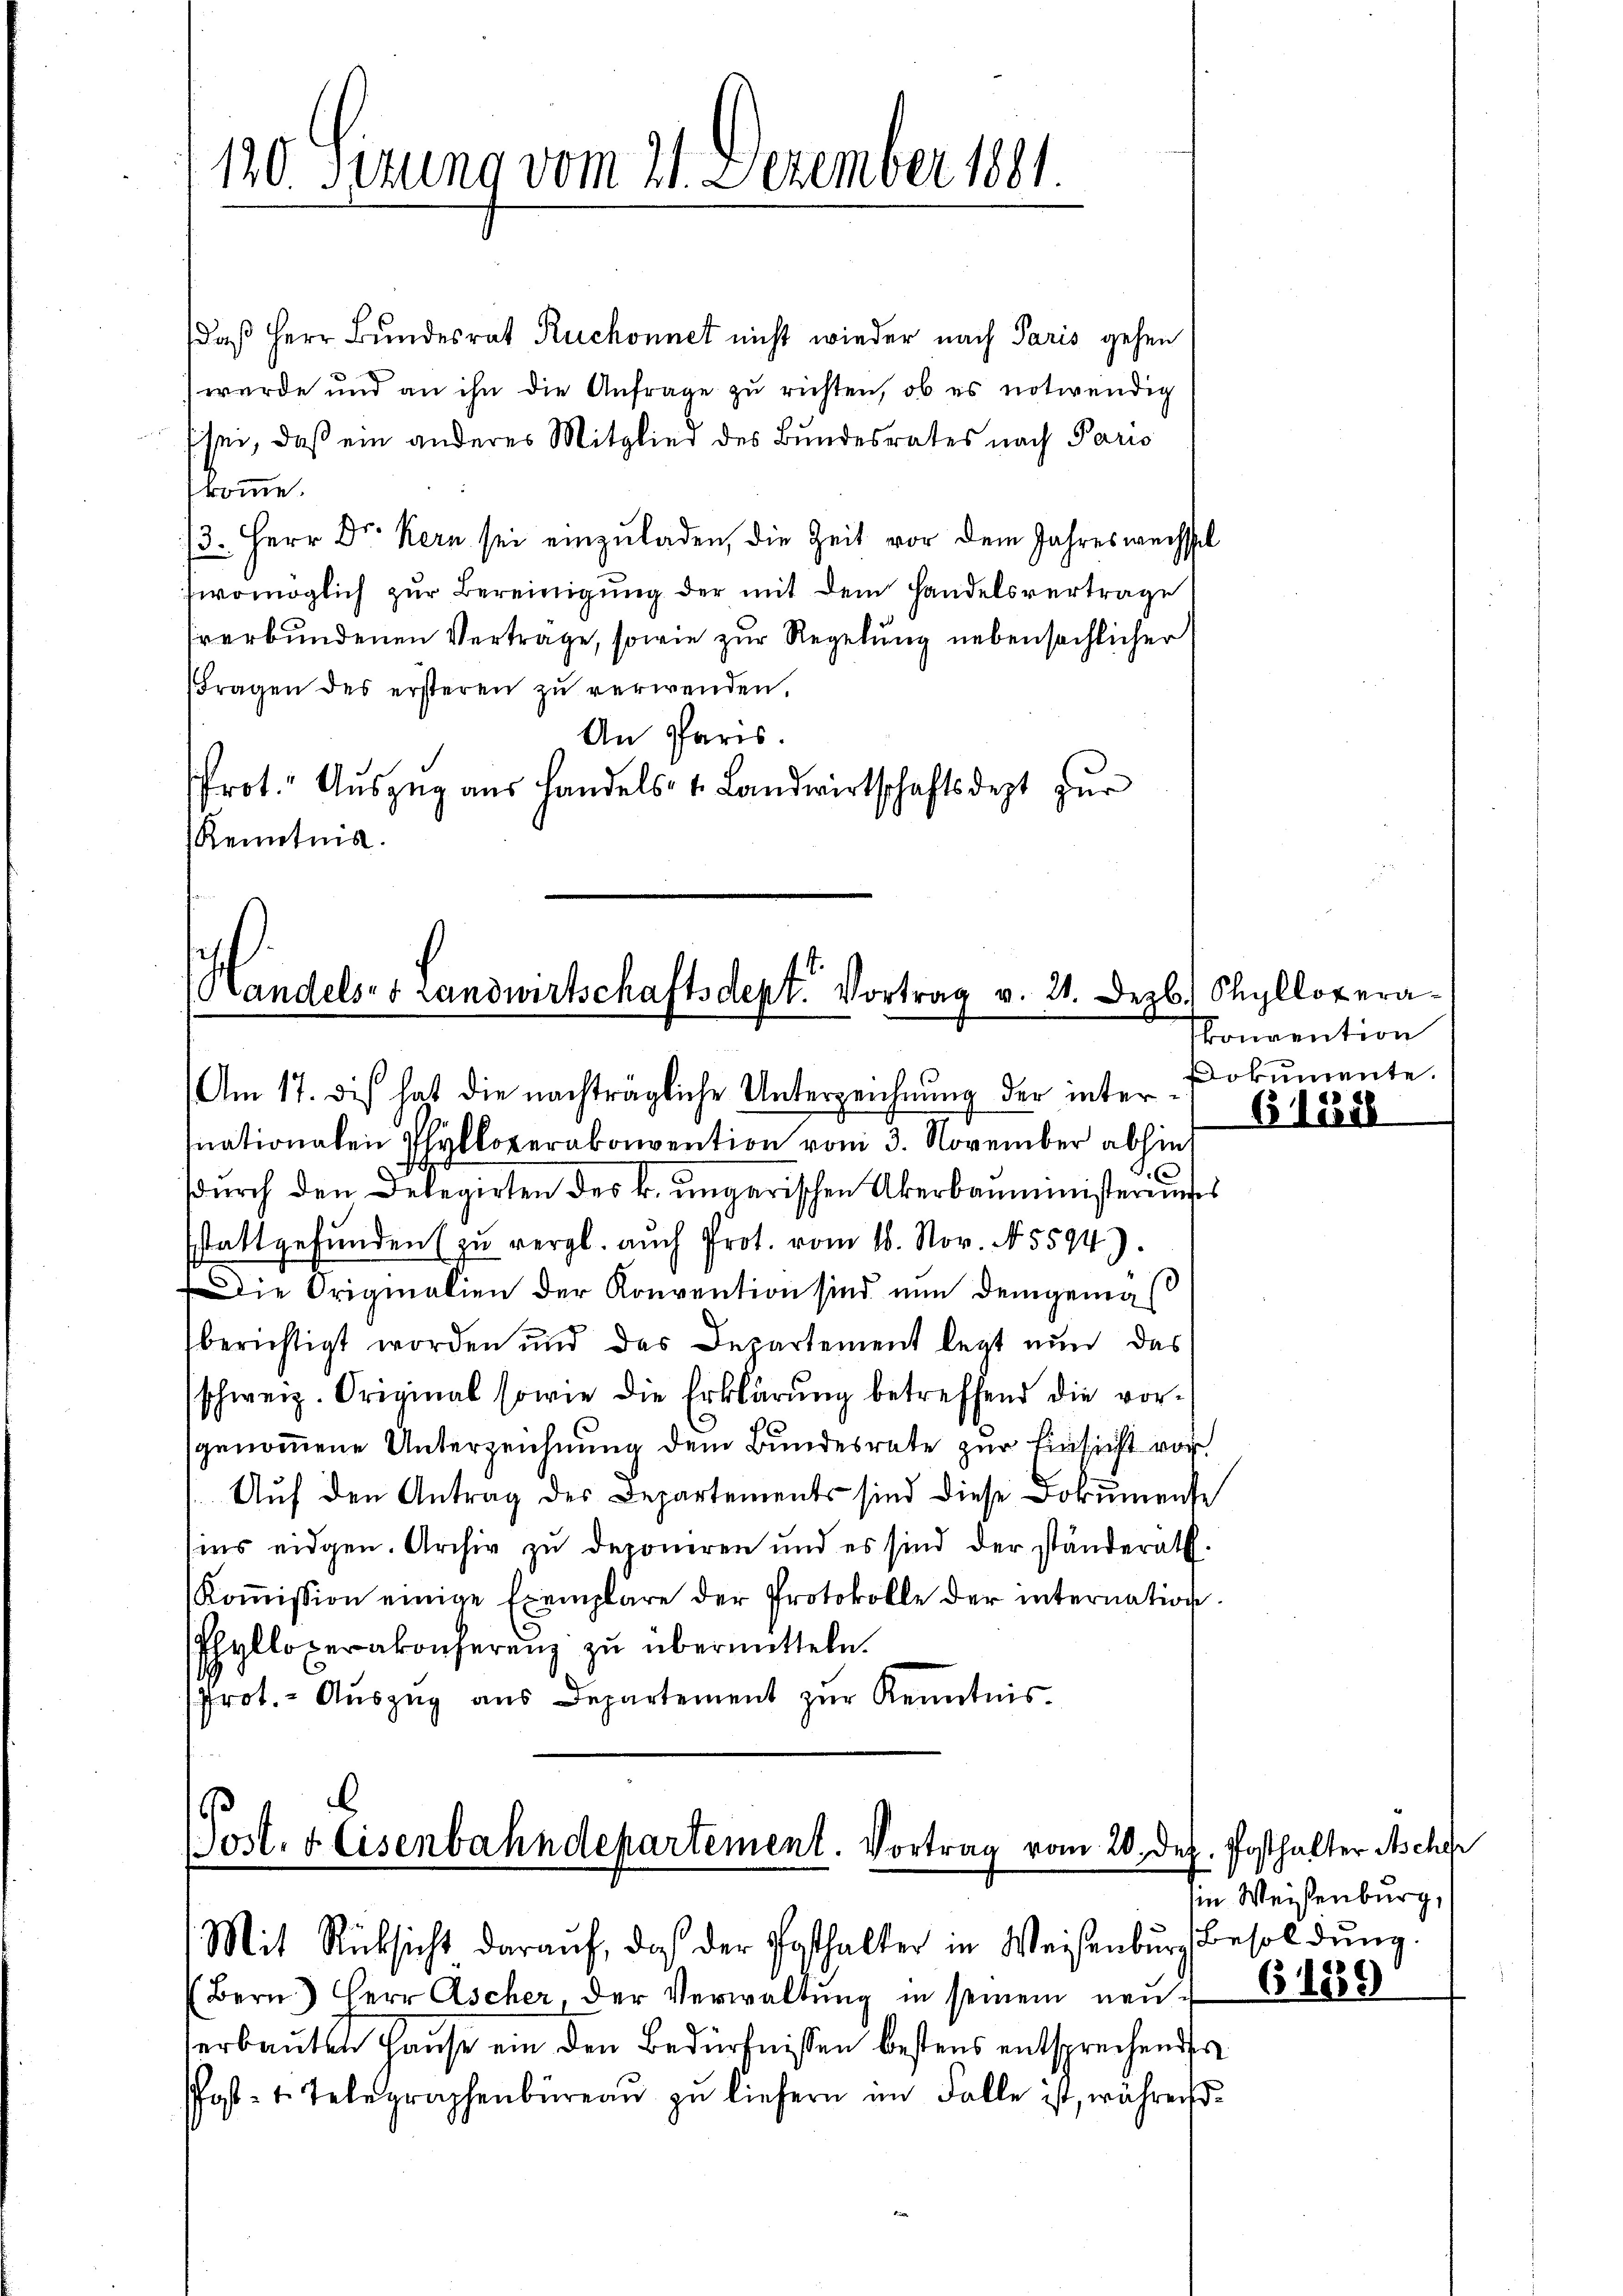
120. Sizung vom 21. Dezember 1881.

daß Herr Bundesrat Ruchonnet nicht wieder nach Paris gehen
wurde und an ihn die Anfrage zu richten, ob es notwendig
sei, daß ein anderes Mitglied des Bundesrates nach Paris
komme.
/3. Herr Dr. Kern sei einzuladen, die Zeit vor dem Jahreswechsel
womöglich zur Bereinigung der mit dem Handelsvertrage
hrerbundenen Vertrage, sowie zur Regelung nebensächlicher
Fragen des ersteren zŭ verwenden,
An Paris.
Prot. Aŭszŭg aŭs Handels- u. Landwirtschaftsdest zur
Renntnis.

Handelses Landwirtschaftsdept. Vortrag v. 21. Dezb. Chyllopera

Am 17. dis hat die nachträgliche Unterzeichnung der internationalen Phyperkonvention vom 3. November abhin
durch den Delegirten des k. ungarischen Überbauministerunges
sstattgefunden (zu vergl. auch Prot. vom 18. Nov. N. 5594).
Die Originalien der Konvention sind nun demjenigs
berichtigt worden und das Departement legt nun das
schweiz. Original sowie die Erklärŭng betreffend die vor-
genommene Unterzeichnung dem Bundesrate zur Einsicht vor
Aŭf den Antrag des Departements sind diese Dokumense
sins eidgen. Archiv zu deponeren und es sind der ständerath.
Koṁission einige Exemplare der Protokolle der internation.
Phylloperakonferenz zu übermitteln.
Prot. - Auszug aus Departement zur Kenntnis.

Post. 4 Eisenbahndepartement. Vortrag vom 20. Dez. Posthalter Ascher
Mit Rücksicht daraŭf, daß der Posthalter in Weisenbŭr Besoldŭng.

(Bern) Herr Ascher, der Verwaltung in seinem neue
serbauten Hause ein den Bedürfnissen bestens entsprechender
Post- u. Telegraphenbüreau zu liefern im Falle ist, während

skonvention
Dokumente.
(1288

in Weisenburg,

6189